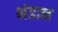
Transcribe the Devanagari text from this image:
भंडान